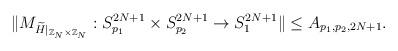
LaTeX: \begin{align*}\Vert M_{\widetilde{ H}\vert_{\mathbb{Z}_N \times \mathbb{Z}_N}}: S_{p_1}^{2N+1} \times S_{p_2}^{2N+1} \rightarrow S_{1}^{2N+1} \Vert\leq A_{p_1, p_2,2N+1}.\end{align*}